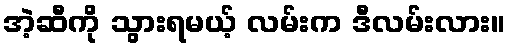
အဲ့ဆီကို သွားရမယ့် လမ်းက ဒီလမ်းလား။